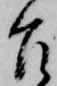
召